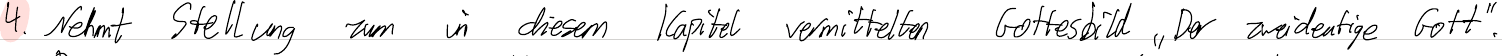
4. Nehmt Stellung zum in diesem Kapitel vermittelten Gottesbild "Der zweideutige Gott".